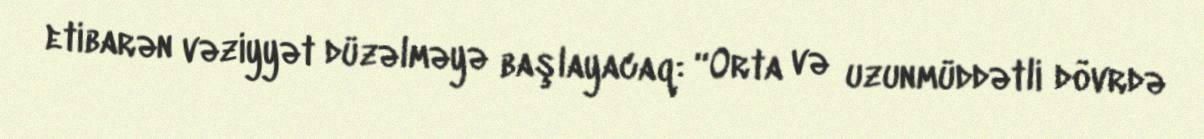
etibarən vəziyyət düzəlməyə başlayacaq: “Orta və uzunmüddətli dövrdə